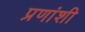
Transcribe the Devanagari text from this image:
प्रणांशी